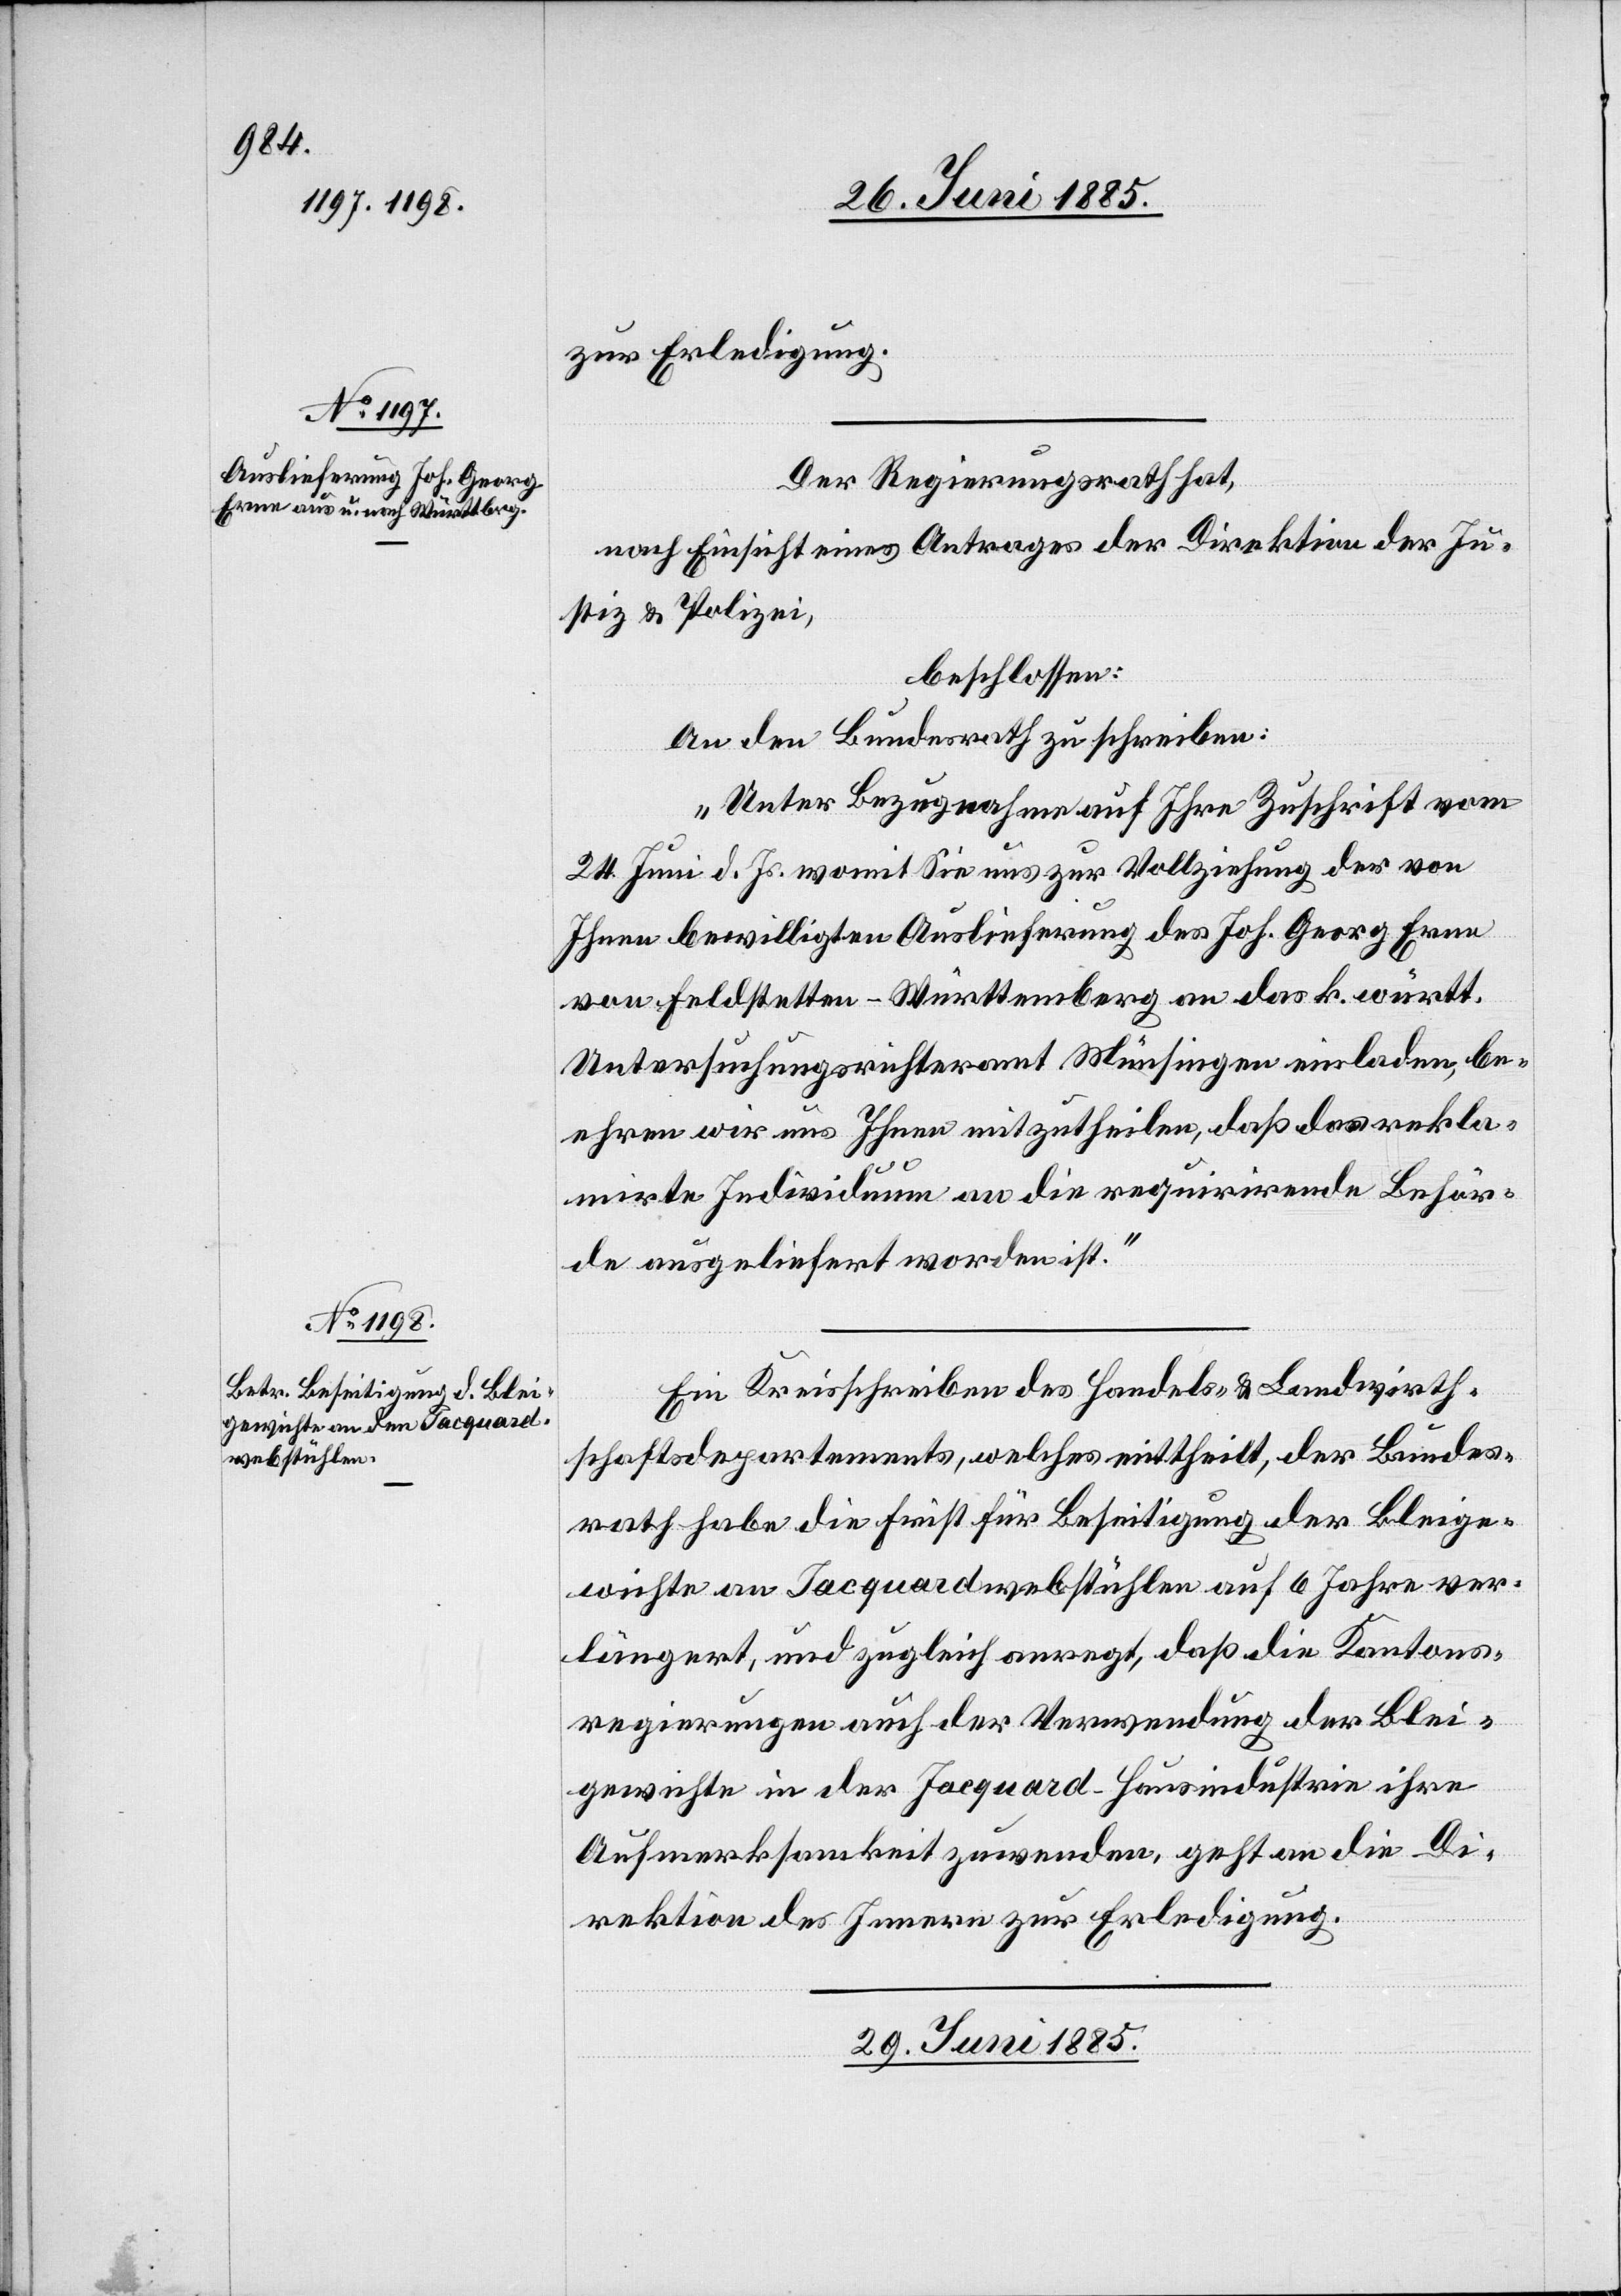
27. Juni 1885.]
zur Erledigung.
Der Regierungsrath hat,
nach Einsicht eines Antrages der Direktion der Ju¬
stiz & Polizei,
beschlossen:
An den Bundesrath zu schreiben:
„Unter Bezugnahme auf Ihre Zuschrift vom
24. Juni d. Js. womit Sie uns zur Vollziehung der von
Ihnen bewilligten Auslieferung des Joh. Georg Erne
von Feldstetten - Württemberg an das k. württ.
Untersuchungsrichteramt Münsingen einladen, be¬
ehren wir uns Ihnen mitzutheilen, daß das rekla¬
mirte Individuum an die requirirende Behör¬
de ausgeliefert worden ist.“
Ein Kreisschreiben des Handels- & Landwirth¬
schaftsdepartements, welches mittheilt, der Bundes¬
rath habe die Frist für Beseitigung der Bleige¬
wichte an Jacquardwebstühlen auf 6 Jahre ver¬
längert, und zugleich anregt, daß die Kantons¬
regierungen auch der Verwendung der Blei¬
gewichte in der Jacquard-Hausindustrie ihre
Aufmerksamkeit zuwenden, geht an die Di¬
rektion des Innern zur Erledigung.
29. Juni 1885.